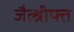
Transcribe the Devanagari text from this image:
जैत्श्रीफ्त